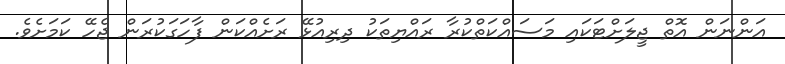
އަންނަން އޮތް ޖީލަށްޓަކައި މަސައްކަތްކުރާ ރައްޔިތަކު ދިރިއުޅޭ ރަށެއްކަން ފާހަގަކުރަން ޖެހޭ ކަމަށެވެ.